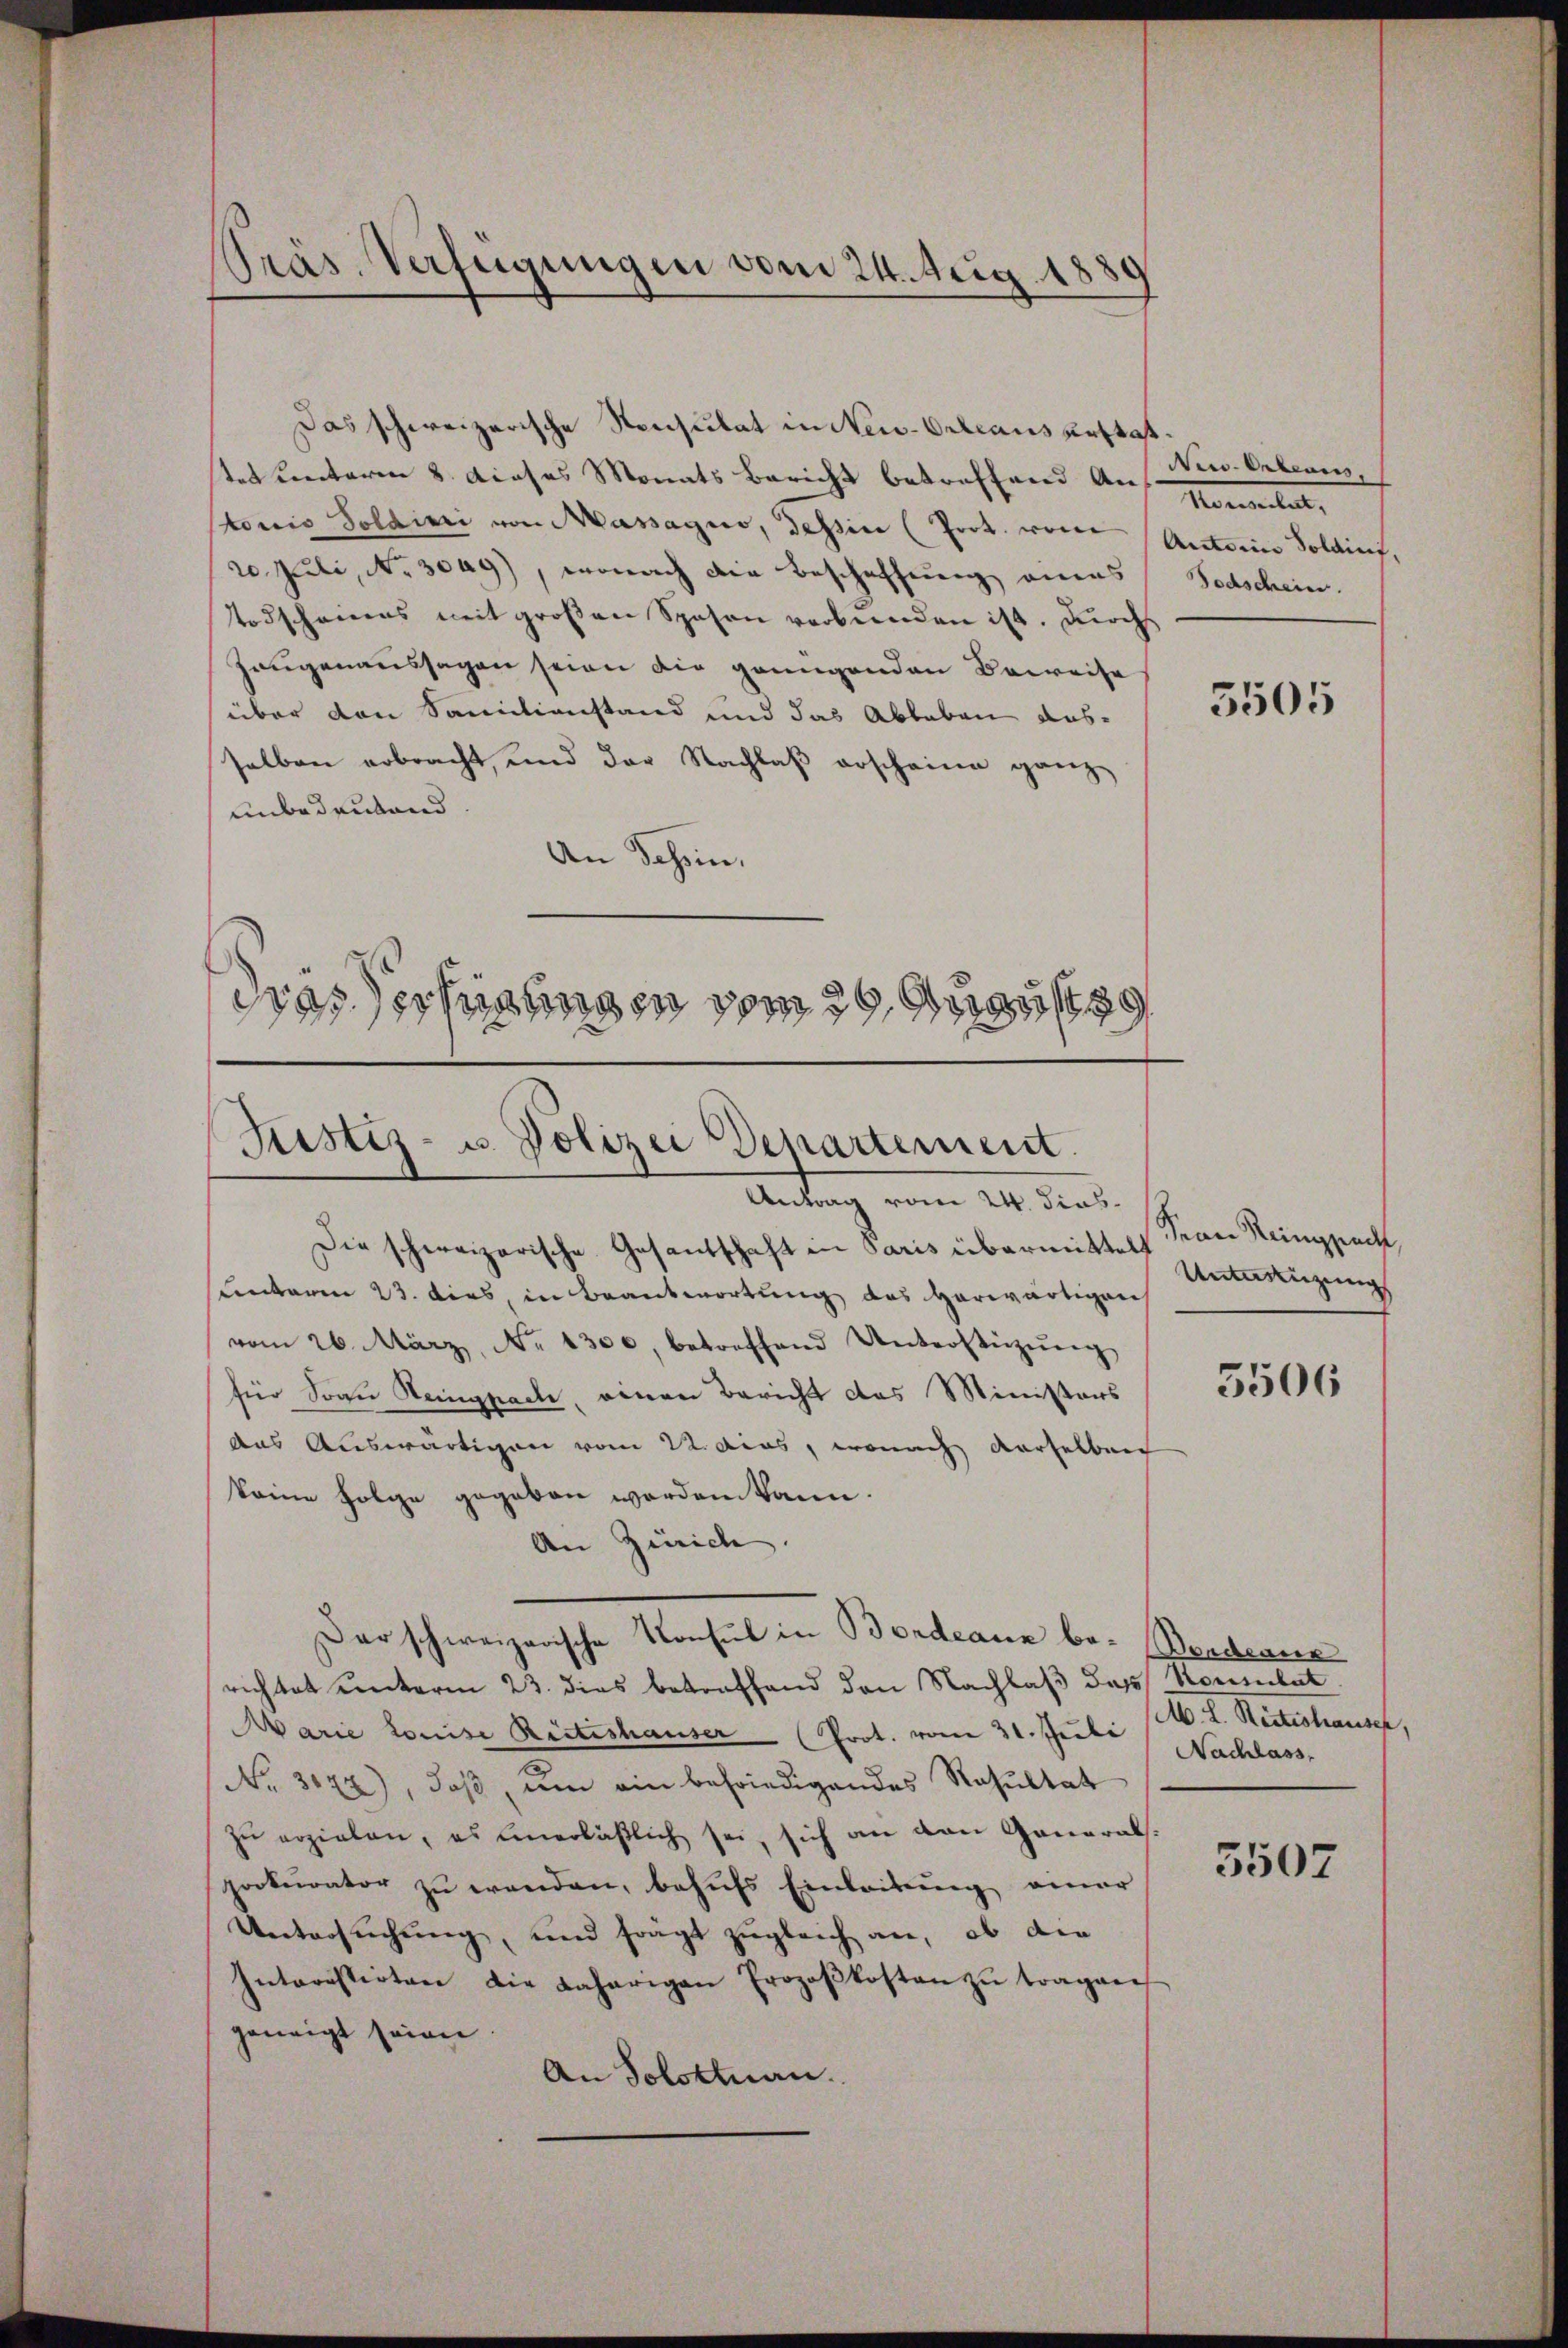
Präs. Verfügungen vom 24. Neig. 18

Das schweizerische Nonsulat in New-Orleans erstattet Kreiteren 8. dieses Monats Bericht betreffend Antonis Soldini von Massagio, dahin (Prot. von Autorin Soldinf,
20. Juli, No. 3049), wonach die Beschaffung eines
Todscheinens mit groβen Spesen verbŭnden ist. Durch
Zeugenaussagen seien die grungenden Beweise
über den Sanitianstand und das Ableben ausselben erbracht, und der Nachlaß erscheine ganz
unbedeutend
An Schin,
dras Verfügungen vom 28. August 89

Justiz- u. Polizei Departement.
Antrag vom 24. dies

den Erbene
Momenten,
Todschein.

Die schweizerische Gesantschaft in Paris übermittelt Sean Reingpeck,
sunterm 23. dies, in Beantwortung des herwärtigen
vom 26. März, No 1300, betreffend Unterstützŭng
für Frau Heingpach, einen Bericht das Ministers
das Auswärtigen vom 22. das, wonach derselben
keine Folge gegeben werden kann.
An Zürich.
darschweizerische Konsul in Bordeann be- Benderne
richtet unterm 23. dies betreffend den Nachlaβ das Konsulat
Marie Louise Ritteshauser (Prot. vom 31. Juli (M. D. Reitishaust
No. 3172), daß, um ein befriedigendes Resultat
zŭ erzielen, es unerläβlich sei, sich an den General.
pokurator zŭ wenden, behŭfs Einleitŭng einer
Untersuchung, und frägt zugleich an, ob die
Interestirten die daherigen Propoβkosten zŭ tragen
geneigt seien.
An Solottuan.

3505

Untersezung |

5506

Nachlass

3507